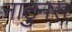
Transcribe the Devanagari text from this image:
नाटुनस